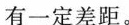
有一定差距。